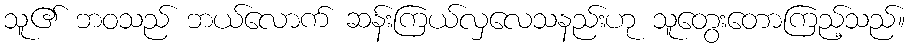
သူ၏ ဘဝသည် ဘယ်လောက် ဆန်းကြယ်လှလေသနည်းဟု သူတွေးတောကြည့်သည်။